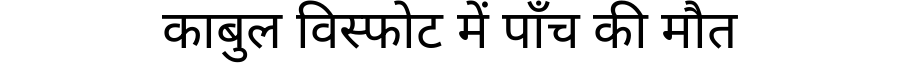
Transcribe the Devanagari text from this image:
काबुल विस्फोट में पाँच की मौत